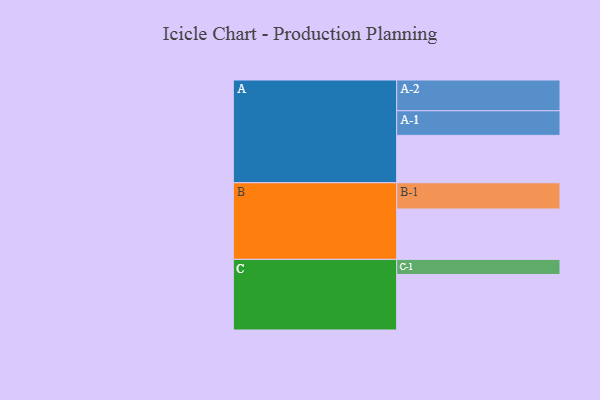
{"axis": {"x": "Segment", "y": "Value"}, "legend": ["", "A", "B", "C"], "data": [{"x": "A", "y": 379, "type": ""}, {"x": "B", "y": 403, "type": ""}, {"x": "C", "y": 444, "type": ""}, {"x": "A-1", "y": 197, "type": "A"}, {"x": "A-2", "y": 246, "type": "A"}, {"x": "B-1", "y": 210, "type": "B"}, {"x": "C-1", "y": 121, "type": "C"}]}